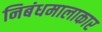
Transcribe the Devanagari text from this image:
निबंधमालाकार